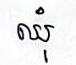
ឈុំ